Vaccination in Bombay 1863-1868 - 1863-1868
Year: 1863
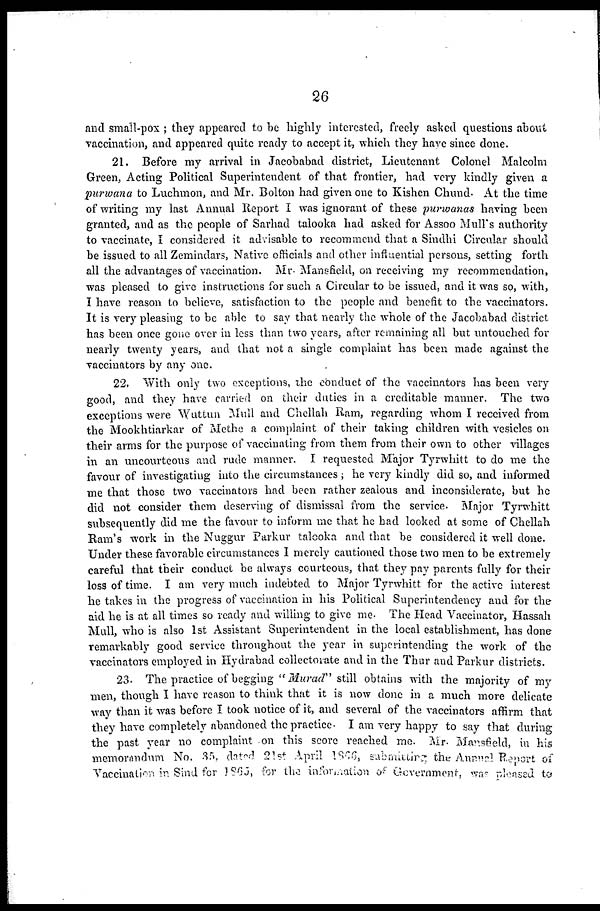
26
and small-pox ; they appeared to be highly interested, freely asked questions about
vaccination, and appeared quite ready to accept it, which they have since done.
21. Before my arrival in Jacobabad district, Lieutenant Colonel Malcolm
Green, Acting Political Superintendent of that frontier, had very kindly given a
purwana to Luchmon, and Mr. Bolton had given one to Kishen Chund. At the time
of writing my last Annual Report I was ignorant of these purwanas having been
granted, and as the people of Sarhad talooka had asked for Assoo Mull's authority
to vaccinate, I considered it advisable to recommend that a Sindhi Circular should
be issued to all Zemindars, Native officials and other influential persons, setting forth
all the advantages of vaccination. Mr. Mansfield, on receiving my recommendation,
was pleased to give instructions for such a Circular to be issued, and it was so, with,
I have reason to believe, satisfaction to the people and benefit to the vaccinators.
It is very pleasing to be able to say that nearly the whole of the Jacobabad district
has been once gone over in less than two years, after remaining all but untouched for
nearly twenty years, and that not a single complaint has been made against the
vaccinators by any one.
22, With only two exceptions, the conduct of the vaccinators has been very
good, and they have carried on their duties in a creditable manner. The two
exceptions were Wuttun Mull and Chellah Ram, regarding whom I received from
the Mookhtiarkar of Methe a complaint of their taking children with vesicles on
their arms for the purpose of vaccinating from them from their own to other villages
in an uncourteous and rude manner. I requested Major Tyrwhitt to do me the
favour of investigating into the circumstances; he very kindly did so, and informed
me that those two vaccinators had been rather zealous and inconsiderate, but he
did not consider them deserving of dismissal from the service. Major Tyrwhitt
subsequently did me the favour to inform me that he had looked at some of Chellah
Ram's work in the Nuggur Parkur talooka and that be considered it well done.
Under these favorable circumstances I merely cautioned those two men to be extremely
careful that their conduct be always courteous, that they pay parents fully for their
loss of time. I am very much indebted to Major Tyrwhitt for the active interest
he takes in the progress of vaccination in his Political Superintendency and for the
aid he is at all times so ready and willing to give me. The Head Vaccinator, Hassah
Mull, who is also 1st Assistant Superintendent in the local establishment, has done
remarkably good service throughout the year in superintending the work of the
vaccinators employed in Hydrabad collectorate and in the Thur and Parkur districts.
23. The practice of begging " Murad" still obtains with the majority of my
men, though I have reason to think that it is now done in a much more delicate
way than it was before I took notice of it, and several of the vaccinators affirm that
they have completely abandoned the practice. I am very happy to say that during
the past year no complaint on this score reached me. Mr. Mansfield, in his
memorandum No. 35, dated 21st April 1866, submitting the Annual Report of
Vaccination in Sind for 1865, for the information of Government, was pleased to